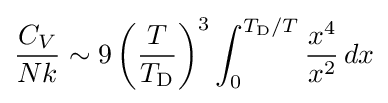
{\frac {C_{V}}{Nk}}\sim 9\left({T \over T_{\rm {D}}}\right)^{3}\int _{0}^{T_{\rm {D}}/T}{x^{4} \over x^{2}}\,dx